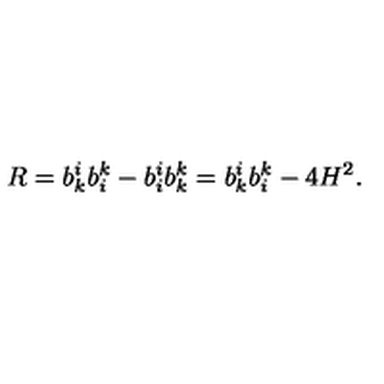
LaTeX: R = b _ { k } ^ { i } b _ { i } ^ { k } - b _ { i } ^ { i } b _ { k } ^ { k } = b _ { k } ^ { i } b _ { i } ^ { k } - 4 H ^ { 2 } .